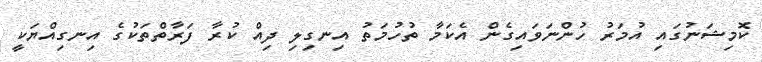
ކޮމިޝަނުގައި އުމަރު ހުންނަވައިގެން އެކަމާ ތުހުމަތު އިނގިލި ދިއް ކުރާ ފަރާތްތަކުގެ އިނގިއްޔަކީ